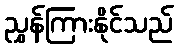
ညွှန်ကြားနိုင်သည်